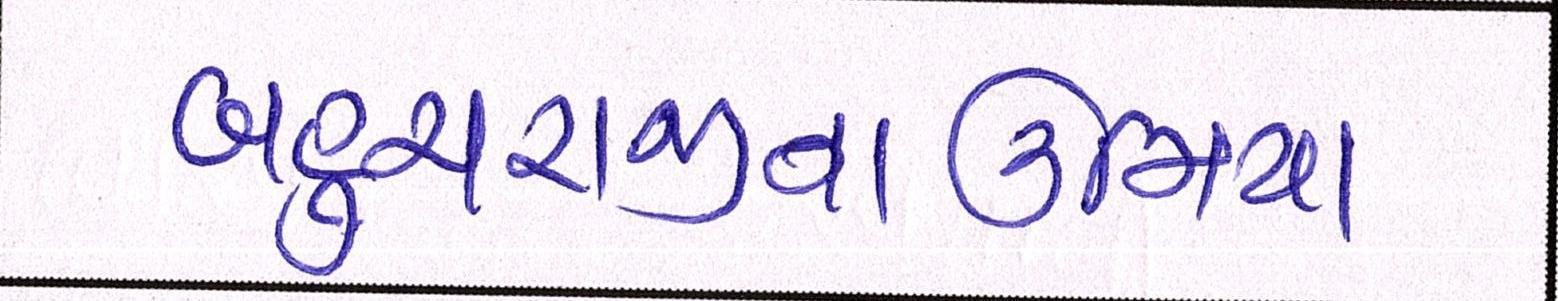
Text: બહુચરાજીનાઉમિયા